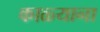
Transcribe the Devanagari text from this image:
काळ्याना